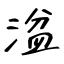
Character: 湓